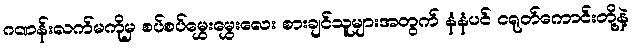
ဂဏန်းလက်မကိုမှ စပ်စပ်မွှေးမွှေးလေး စားချင်သူများအတွက် နံနံပင် ငရုတ်ကောင်းတို့နဲ့